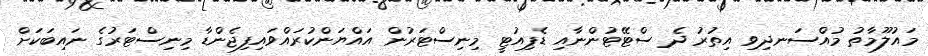
މައުލޫމާތު މުއްސަނދިވި އިތުރު ދެ ސްޓޭޓުންނާއި ޑެޕިއުޓީ މިނިސްޓަރުން އައްޔަންކުރައްވައިފިޖެންޑާ މިނިސްޓަރުގެ ނައިބަކަށް